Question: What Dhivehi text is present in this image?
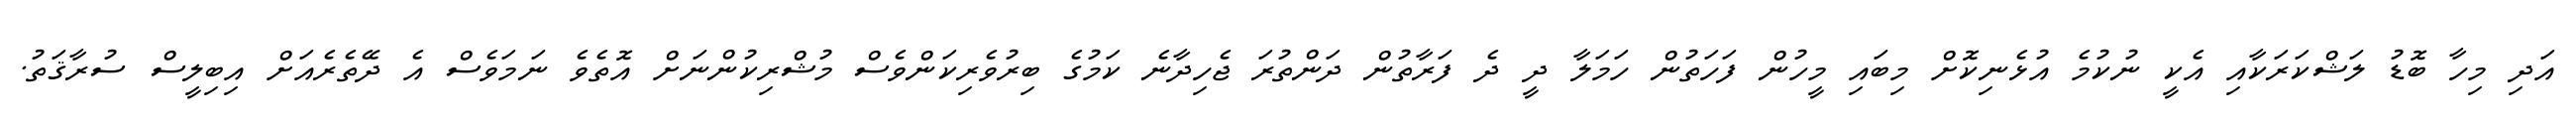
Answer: އަދި މިހާ ބޮޑު ލަޝްކަރަކާއި އެކީ ނުކުމެ އުޅެނިކޮށް މިބައި މީހުން ފަހަތުން ހަމަލާ ދީ ދެ ފަރާތުން ދަންތުރަ ޖެހިދާނެ ކަމުގެ ބިރުވެރިކަންވެސް މުޝްރިކުންނަށް އޮތެވެ ނަމަވެސް އެ ދޭތެރެއަށް އިބިލީސް ސުރާޤަތު.